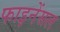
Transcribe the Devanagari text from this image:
फाइनेंसल